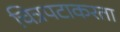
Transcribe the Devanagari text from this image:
चित्रपटाकरता